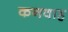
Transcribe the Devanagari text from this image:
कनवाह